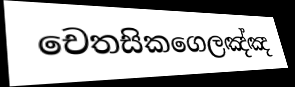
චෙතසිකගෙලඤ්ඤ